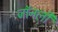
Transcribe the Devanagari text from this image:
जॉनली